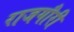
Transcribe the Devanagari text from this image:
राजगौरी